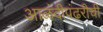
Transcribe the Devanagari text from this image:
आळंदीपंढरीची